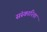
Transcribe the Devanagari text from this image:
संस्कारिता